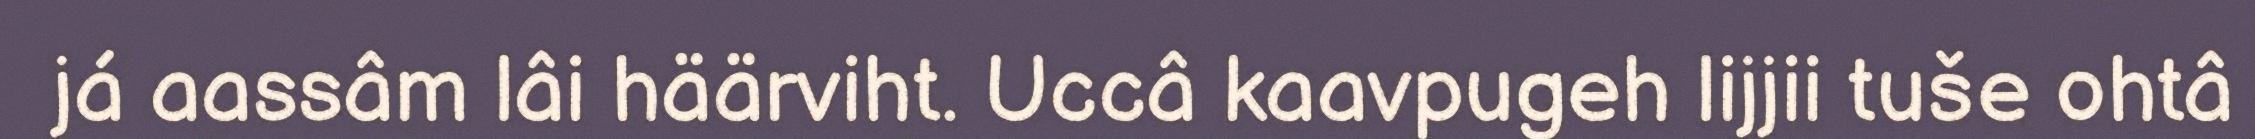
já aassâm lâi häärviht. Uccâ kaavpugeh lijjii tuše ohtâ